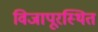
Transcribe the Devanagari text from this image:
विजापूरस्थित